Vaccination in the Punjab 1905-1918 - 1905-1918
Year: 1905
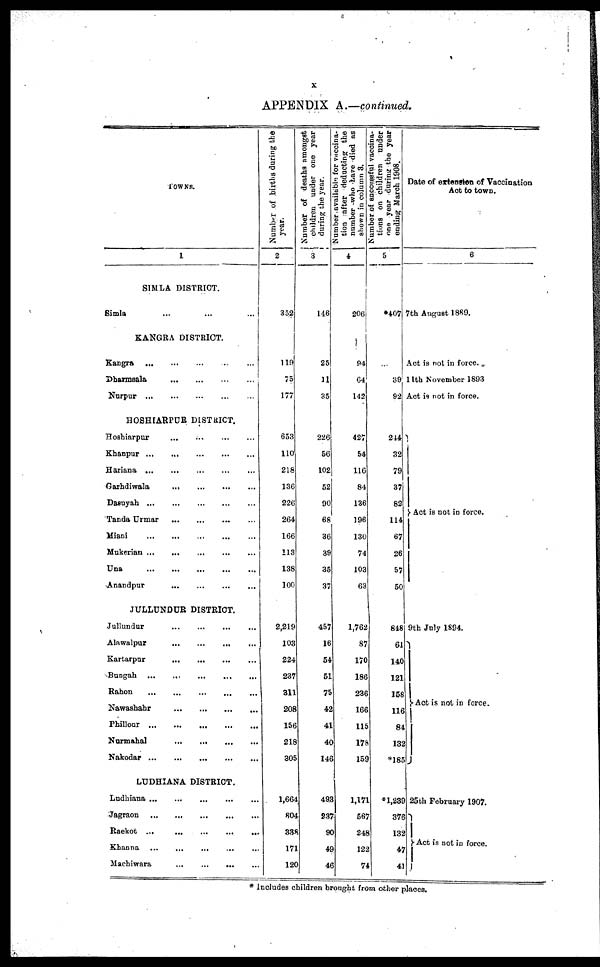
x
APPENDIX A.—continued.
TOWNS.
1
SIMLA DISTRICT.
Simla ... ... ...
KANGRA DISTRICT.
Kangra
...
...
...
...
...
Dharmsala
...
...
...
...
Nurpur
...
...
...
...
...
HOSHIARPUR DISTRICT.
Hoshiarpur
...
...
...
...
Khanpur
...
...
...
...
...
Hariana
...
...
...
...
...
Garhdiwala
...
...
...
...
Dasuyah
...
...
...
...
...
Tanda Urmar
...
...
...
...
Miani ... ... ... ... ...
Mukerian
...
...
...
...
...
Una
...
...
...
...
...
Anandpur
...
...
...
...
JULLUNDUR DISTRICT.
Jullundur
...
...
...
...
Alawalpur
...
...
...
...
Kartarpur
...
...
...
...
Bungah
...
...
...
...
...
Rahon
...
...
...
...
...
Nawashahr
...
...
...
...
Phillour
...
...
...
...
...
Nurmahal
...
...
...
...
Nakodar
...
...
...
...
...
LUDHIANA DISTRICT.
Ludhiana
...
...
...
...
...
Jagraon
...
...
...
...
...
Raekot
...
...
...
...
...
Khanna ... ... ... ... ...
Machiwara
...
...
...
...
Number of births during the
year.
2
352
119
75
177
653
110
218
136
226
264
166
113
138
100
2,219
103
224
237
311
208
156
218
305
1,664
804
338
171
120
Number of deaths amongst
children under one year
during the year.
3
146
25
11
35
226
56
102
52
90
68
36
39
35
37
457
16
54
51
75
42
41
40
146
493
237
90
49
46
Number available for vaccina-
tion after deducting the
number who have died as
shown in column 3.
4
206
94
64
142
427
54
116
84
136
196
130
74
103
63
1,762
87
170
186
236
166
115
178
159
1,171
567
248
122
74
Number of successful vaccina-
tions on children under
one year during the year
ending March 1908.
5
*407
39
92
244
32
79
37
82
114
67
26
57
50
848
61
140
121
158
116
84
132
*185
*1,239
376
132
47
41
Date of extension of Vaccination
Act to town.
6
7th August 1889.
Act is not in force.
11th November 1893
Act is not in force.
Act is not in force.
9th July 1894.
Act is not in force.
25th February 1907.
Act is not in force.
* Includes children brought from other places.